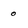
Character: 0